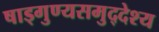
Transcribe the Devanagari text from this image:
षाड्गुण्यसमुद्देश्य